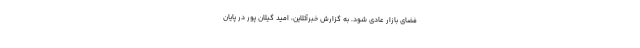
فضای بازار عادی شود. به گزارش خبرآتلاین، امید گیلان پور در پایان